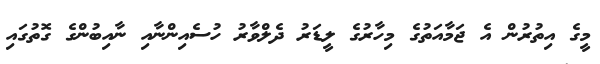
މީގެ އިތުރުން އެ ޖަމާއަތުގެ މިހާރުގެ ލީޑަރު ދެލްވާރު ހުސެއިންނާއި ނާއިބުންގެ ގޮތުގައި